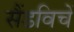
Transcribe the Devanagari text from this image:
सैंडविचें